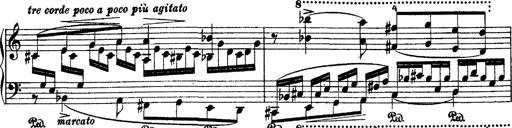
Title: 2 KonzertetÃ¼den
Composer: Franz Liszt